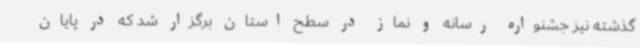
گذشته نیز جشنواره رسانه و نماز در سطح استان برگزار شد که در پایان